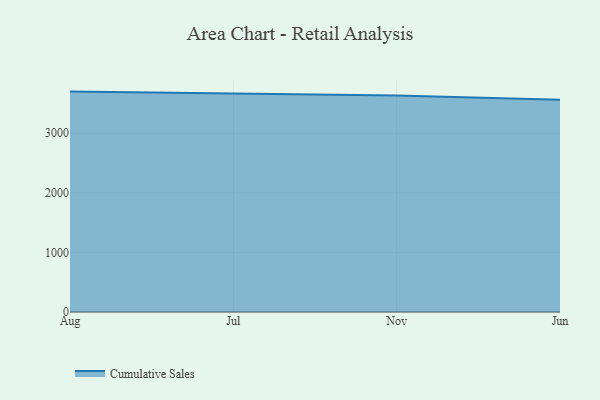
{"axis": {"x": "Month", "y": "Waste Production (Tons)"}, "legend": ["Cumulative Sales"], "data": [{"x": "Aug", "y": 3699.3, "type": "Cumulative Sales"}, {"x": "Jul", "y": 3669.8, "type": "Cumulative Sales"}, {"x": "Nov", "y": 3633.7, "type": "Cumulative Sales"}, {"x": "Jun", "y": 3560.6, "type": "Cumulative Sales"}]}